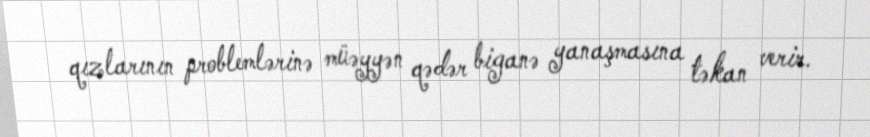
qızlarının problemlərinə müəyyən qədər biganə yanaşmasına təkan verir.